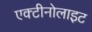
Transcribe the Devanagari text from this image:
एक्टीनोलाइट